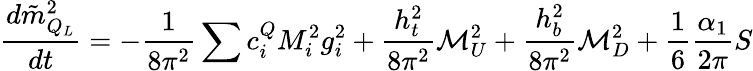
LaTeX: \frac{d\tilde{m}_{Q_{L}}^{2}}{dt}=-\frac 1{8\pi^{2}}\sum c_{i}^{Q}M_{i}^{2}g_{i}^{2}+\frac{h_{t}^{2}}{8\pi^{2}}{\cal M}_{U}^{2}+\frac{h_{b}^{2}}{8\pi^{2}}{\cal M}_{D}^{2}+\frac 16\frac{\alpha_{1}}{2\pi}S